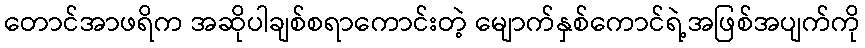
တောင်အာဖရိက အဆိုပါချစ်စရာကောင်းတဲ့ မျောက်နှစ်ကောင်ရဲ့အဖြစ်အပျက်ကို